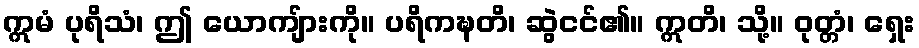
ဣမံ ပုရိသံ၊ ဤ ယောကျ်ားကို။ ပရိကဍ္ဎတိ၊ ဆွဲငင်၏။ ဣတိ၊ သို့။ ဝုတ္တံ၊ ရှေး